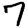
Digit: 7